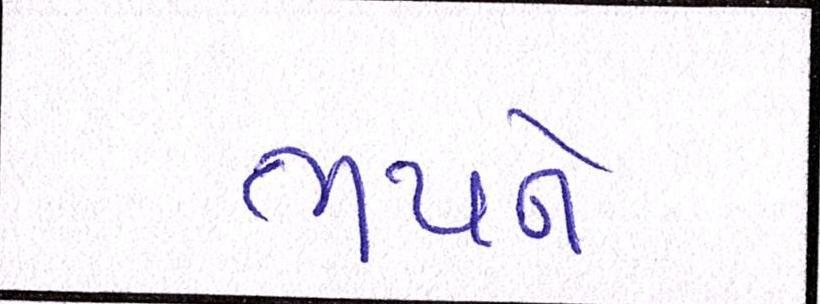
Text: ભયને